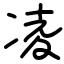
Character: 凌